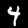
Label: 4